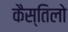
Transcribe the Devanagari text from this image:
कैस्तिलो